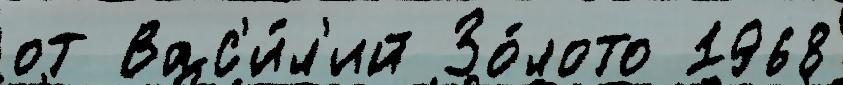
от Вас'и́л'ий Зо́лото 1968